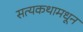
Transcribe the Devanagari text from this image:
सत्यकथामधून